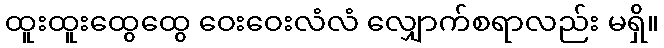
ထူးထူးထွေထွေ ဝေးဝေးလံလံ လျှောက်စရာလည်း မရှိ။